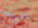
خيمة